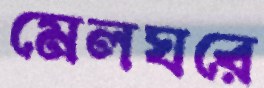
মেলঘরে